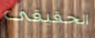
الحقيقى